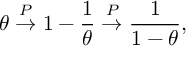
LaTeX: \theta \stackrel { P } { \to } 1 - \frac { 1 } { \theta } \stackrel { P } { \to } \frac { 1 } { 1 - \theta } ,